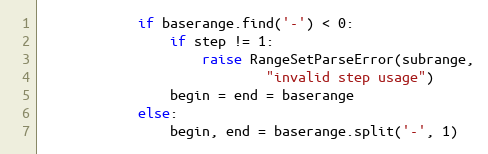
Language: Python
            if baserange.find('-') < 0:
                if step != 1:
                    raise RangeSetParseError(subrange,
                            "invalid step usage")
                begin = end = baserange
            else:
                begin, end = baserange.split('-', 1)